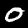
Label: 0